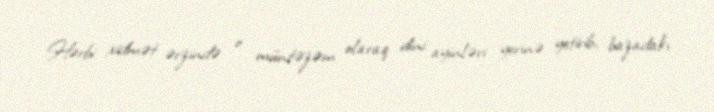
Hərbi xidmət ərzində o müntəzəm olaraq dini ayinləri yerinə yetirib, bazadakı